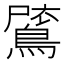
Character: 𪂗